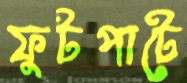
ফুটপাটে